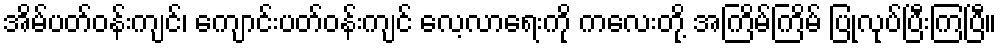
အိမ်ပတ်ဝန်းကျင်၊ ကျောင်းပတ်ဝန်းကျင် လေ့လာရေးကို ကလေးတို့ အကြိမ်ကြိမ် ပြုလုပ်ပြီးကြပြီ။